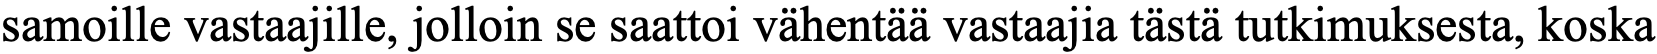
samoille vastaajille, jolloin se saattoi vähentää vastaajia tästä tutkimuksesta, koska